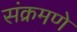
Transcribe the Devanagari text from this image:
संक्रमणे